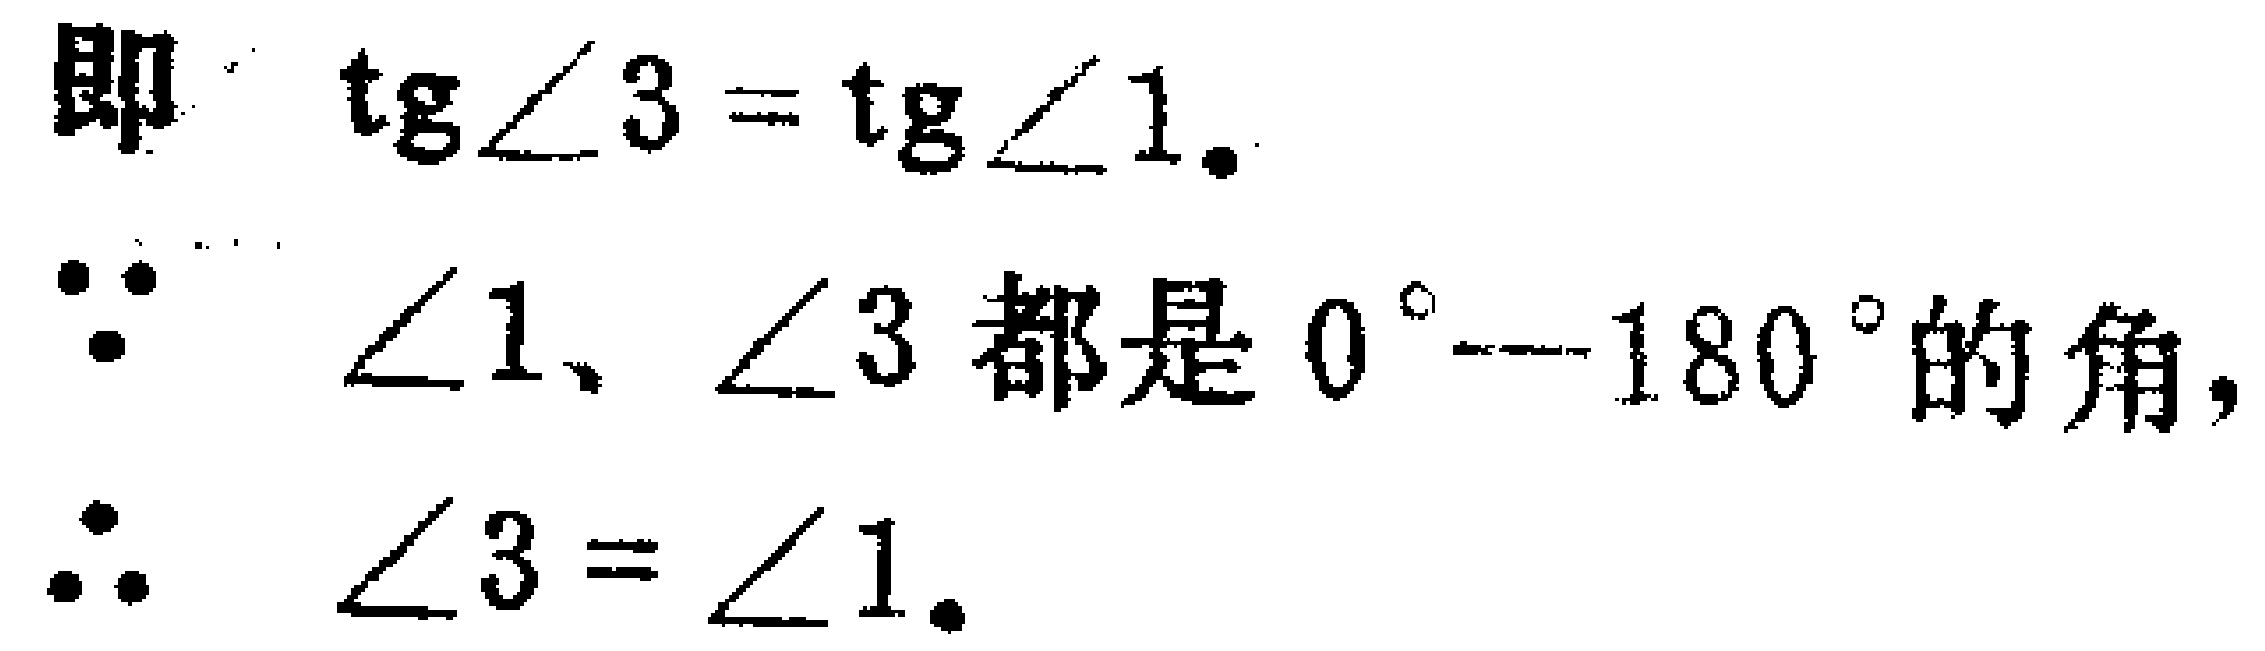
即 $\mathrm{tg}\angle 3 = \mathrm{tg}\angle 1$.

$\because$ $\angle 1$、$\angle 3$ 都是 $0^{\circ}—180^{\circ}$ 的角,

$\therefore$ $\angle 3 = \angle 1$.